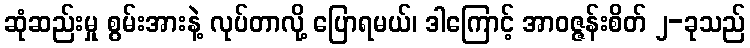
ဆုံဆည်းမှု စွမ်းအားနဲ့ လုပ်တာလို့ ပြောရမယ်၊ ဒါကြောင့် အာဝဇ္ဇန်းစိတ် ၂-ခုသည်